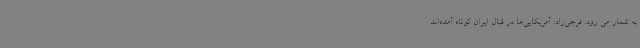
به شمار می رود. فرجی‌راد: آمریکایی‌ها در قبال ایران کوتاه آمده‌اند